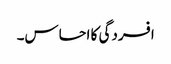
افسردگی کا احساس۔